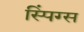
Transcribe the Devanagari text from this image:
स्पिंग्स